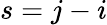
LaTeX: s=j-i